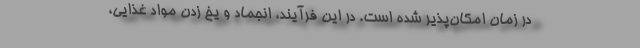
در زمان امکان‌پذیر شده است. در این فرآیند، انجماد و یخ زدن مواد غذایی،